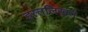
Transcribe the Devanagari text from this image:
हस्तलिखत